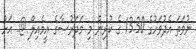
ނުވަތަ އެދުވަހުގެ 13:30 ގެ ކުރިން މި މަދަރުސާގެ އީމެއިލް @. އަށް